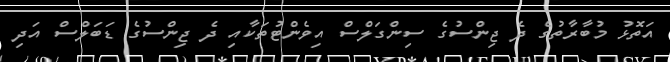
އަތޮޅު މުބާރާތުގެ ދެ ޖިންސުގެ ސިންގަލްސް އިވެންޓުތަކާއި ދެ ޖިންސުގެ ޑަބަލްސް އަދި